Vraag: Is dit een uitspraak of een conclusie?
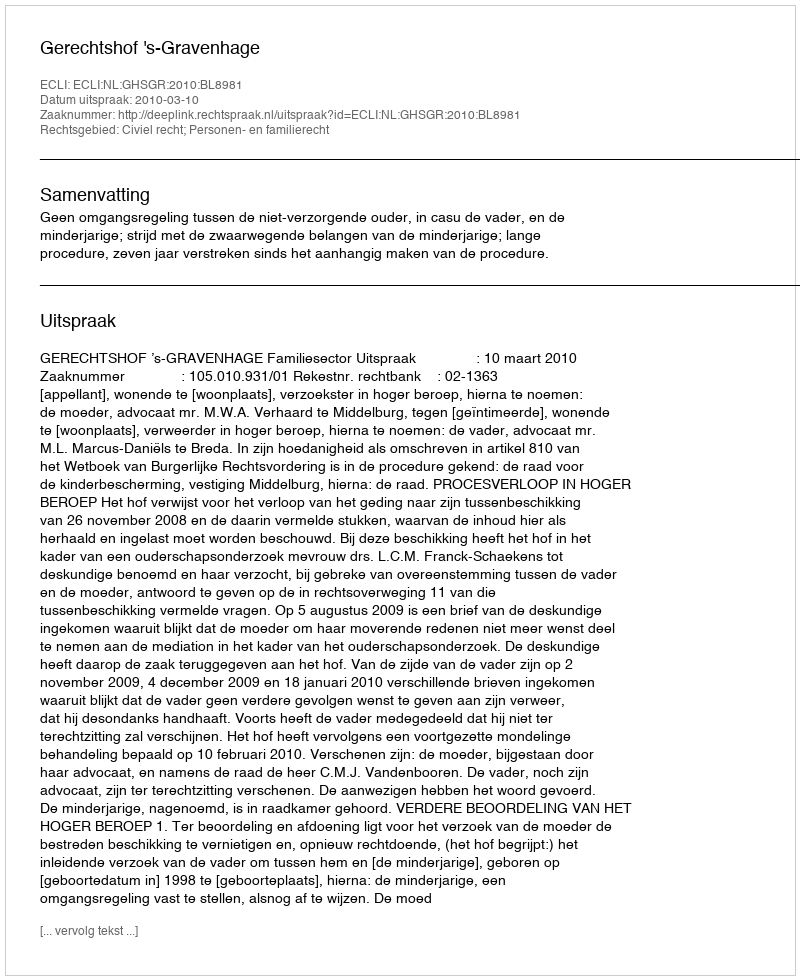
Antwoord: Uitspraak